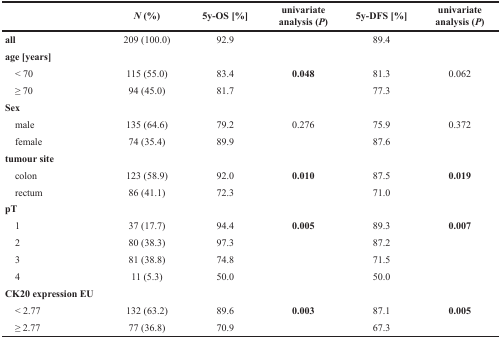
<table><thead><tr><td></td><td><b><i>N</i> (%)</b></td><td><b>5y-OS [%]</b></td><td><b>univariate analysis (<i>P</i>)</b></td><td><b>5y-DFS [%]</b></td><td><b>univariate analysis (<i>P</i>)</b></td></tr></thead><tbody><tr><td><b>all</b></td><td>209 (100.0)</td><td>92.9</td><td></td><td>89.4</td><td></td></tr><tr><td><b>age [years]</b></td><td></td><td></td><td></td><td></td><td></td></tr><tr><td> &lt; 70</td><td>115 (55.0)</td><td>83.4</td><td><b>0.048</b></td><td>81.3</td><td>0.062</td></tr><tr><td> ≥ 70</td><td>94 (45.0)</td><td>81.7</td><td></td><td>77.3</td><td></td></tr><tr><td><b>Sex</b></td><td></td><td></td><td></td><td></td><td></td></tr><tr><td> male</td><td>135 (64.6)</td><td>79.2</td><td>0.276</td><td>75.9</td><td>0.372</td></tr><tr><td> female</td><td>74 (35.4)</td><td>89.9</td><td></td><td>87.6</td><td></td></tr><tr><td><b>tumour site</b></td><td></td><td></td><td></td><td></td><td></td></tr><tr><td> colon</td><td>123 (58.9)</td><td>92.0</td><td><b>0.010</b></td><td>87.5</td><td><b>0.019</b></td></tr><tr><td> rectum</td><td>86 (41.1)</td><td>72.3</td><td></td><td>71.0</td><td></td></tr><tr><td><b>pT</b></td><td></td><td></td><td></td><td></td><td></td></tr><tr><td> 1</td><td>37 (17.7)</td><td>94.4</td><td><b>0.005</b></td><td>89.3</td><td><b>0.007</b></td></tr><tr><td> 2</td><td>80 (38.3)</td><td>97.3</td><td></td><td>87.2</td><td></td></tr><tr><td> 3</td><td>81 (38.8)</td><td>74.8</td><td></td><td>71.5</td><td></td></tr><tr><td> 4</td><td>11 (5.3)</td><td>50.0</td><td></td><td>50.0</td><td></td></tr><tr><td><b>CK20 expression EU</b></td><td></td><td></td><td></td><td></td><td></td></tr><tr><td> &lt; 2.77</td><td>132 (63.2)</td><td>89.6</td><td><b>0.003</b></td><td>87.1</td><td><b>0.005</b></td></tr><tr><td> ≥ 2.77</td><td>77 (36.8)</td><td>70.9</td><td></td><td>67.3</td><td></td></tr></tbody></table>